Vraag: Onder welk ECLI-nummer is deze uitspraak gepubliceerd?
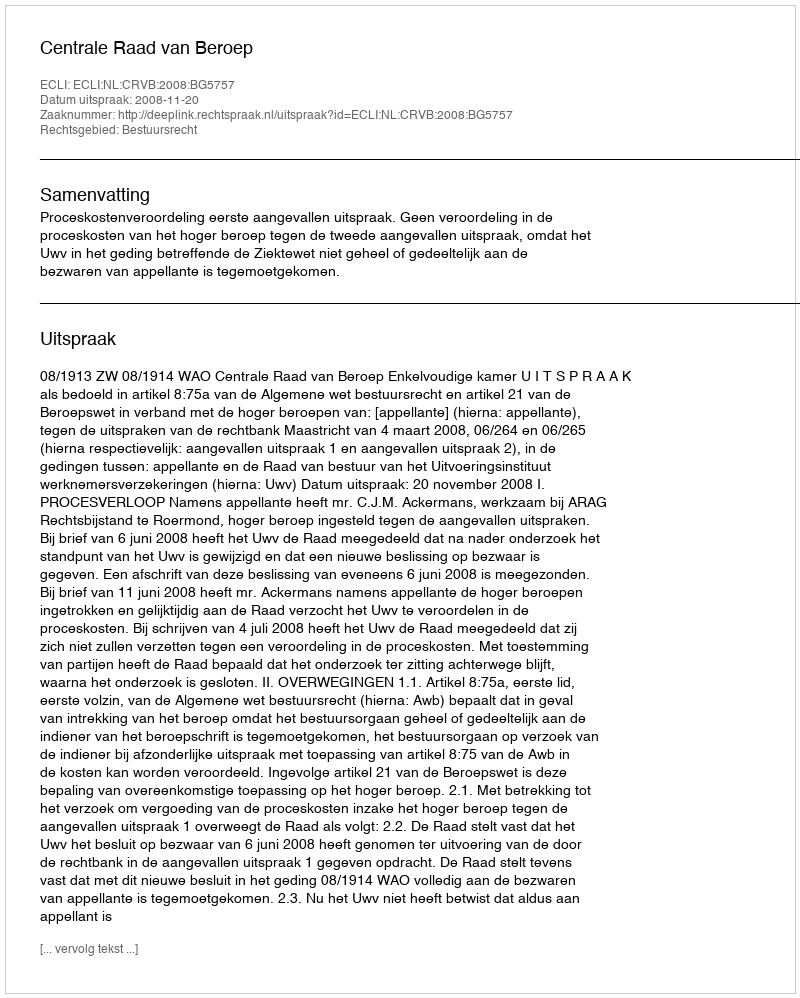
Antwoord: ECLI:NL:CRVB:2008:BG5757